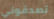
تصدقوني